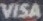
VISA